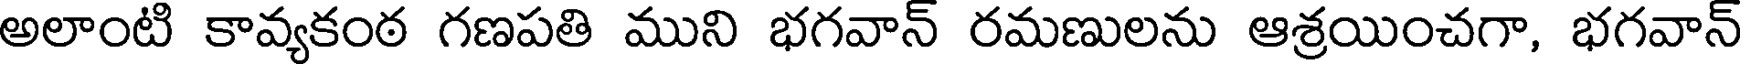
అలాంటి కావ్యకంఠ గణపతి ముని భగవాన్ రమణులను ఆశ్రయించగా, భగవాన్